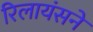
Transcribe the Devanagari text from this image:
रिलायंसने